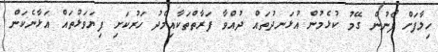
ހިލާފަށް ފޯނުން ގޭމު ކުޅެމުން އުޅަނދުތައް ދުއްވާ ފަރާތްތަކާއިމެދު ހަރުކަށި ފިޔަވަޅުތައް އަޅާނެކަން